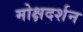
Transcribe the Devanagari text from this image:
मोक्षदर्शन